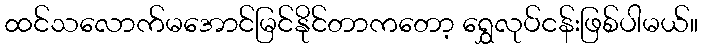
ထင်သလောက်မအောင်မြင်နိုင်တာကတော့ ရွှေလုပ်ငန်းဖြစ်ပါမယ်။